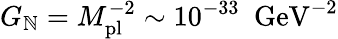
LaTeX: G_{\mathbb{N}}=M_{\mathrm{{pl}}}^{-2}\sim10^{-33}\ \ \mathrm{{GeV}}^{-2}